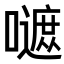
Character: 𡂭